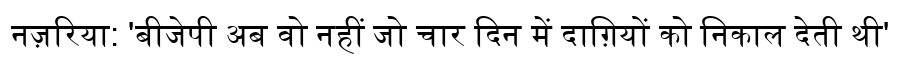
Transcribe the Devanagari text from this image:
नज़रिया: 'बीजेपी अब वो नहीं जो चार दिन में दाग़ियों को निकाल देती थी'